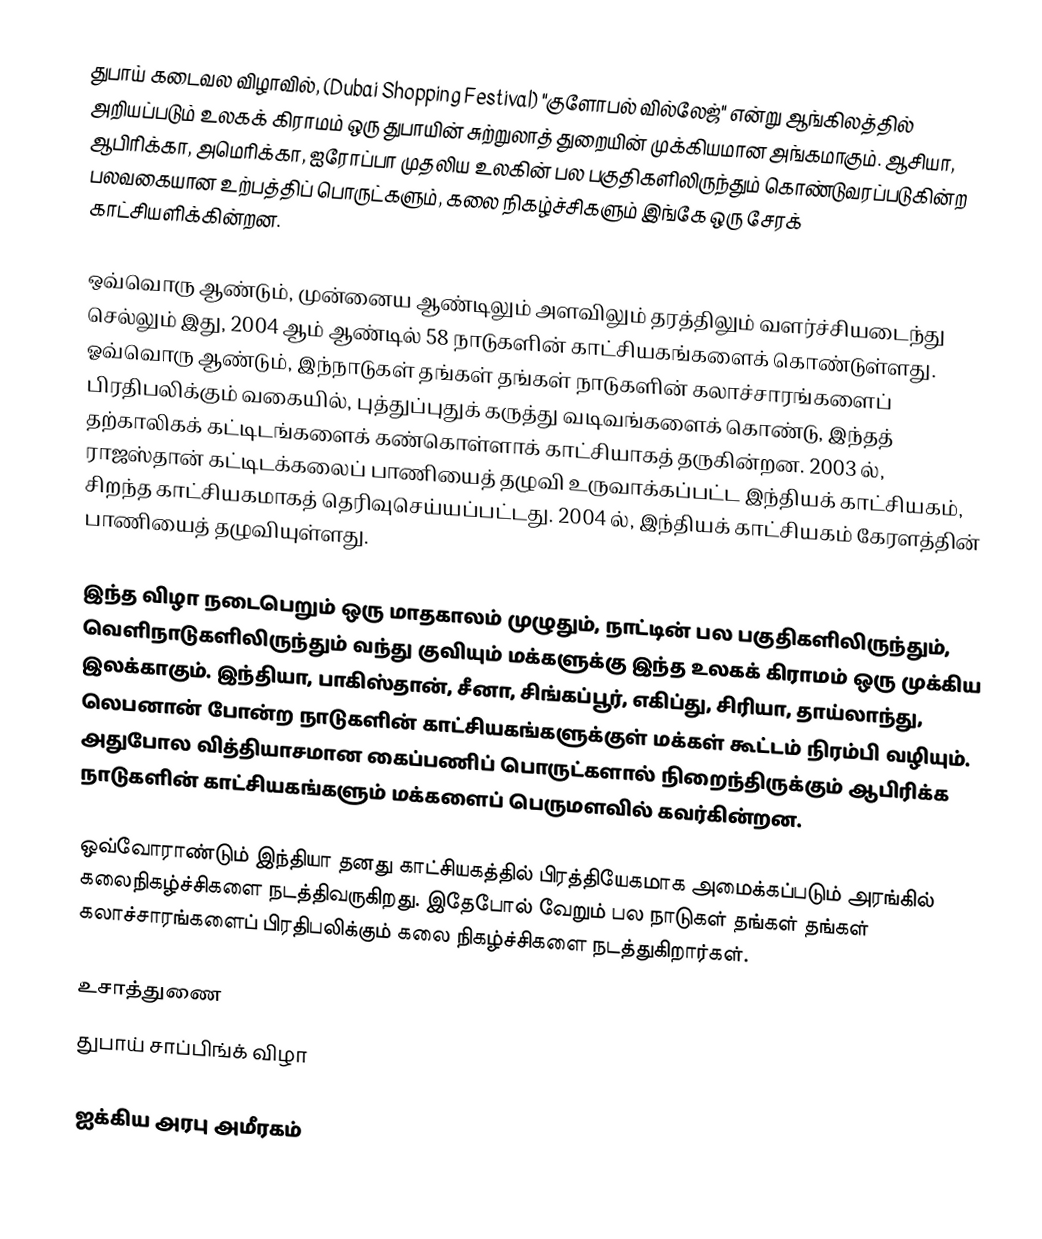
துபாய் கடைவல விழாவில், (Dubai Shopping Festival) "குளோபல் வில்லேஜ்" என்று ஆங்கிலத்தில் அறியப்படும் உலகக் கிராமம் ஒரு துபாயின் சுற்றுலாத் துறையின் முக்கியமான அங்கமாகும். ஆசியா, ஆபிரிக்கா, அமெரிக்கா, ஐரோப்பா முதலிய உலகின் பல பகுதிகளிலிருந்தும் கொண்டுவரப்படுகின்ற பலவகையான உற்பத்திப் பொருட்களும், கலை நிகழ்ச்சிகளும் இங்கே ஒரு சேரக் காட்சியளிக்கின்றன.

ஒவ்வொரு ஆண்டும், முன்னைய ஆண்டிலும் அளவிலும் தரத்திலும் வளர்ச்சியடைந்து செல்லும் இது, 2004 ஆம் ஆண்டில் 58 நாடுகளின் காட்சியகங்களைக் கொண்டுள்ளது. ஓவ்வொரு ஆண்டும், இந்நாடுகள் தங்கள் தங்கள் நாடுகளின் கலாச்சாரங்களைப் பிரதிபலிக்கும் வகையில், புத்துப்புதுக் கருத்து வடிவங்களைக் கொண்டு, இந்தத் தற்காலிகக் கட்டிடங்களைக் கண்கொள்ளாக் காட்சியாகத் தருகின்றன. 2003 ல், ராஜஸ்தான் கட்டிடக்கலைப் பாணியைத் தழுவி உருவாக்கப்பட்ட இந்தியக் காட்சியகம், சிறந்த காட்சியகமாகத் தெரிவுசெய்யப்பட்டது. 2004 ல், இந்தியக் காட்சியகம் கேரளத்தின் பாணியைத் தழுவியுள்ளது.

இந்த விழா நடைபெறும் ஒரு மாதகாலம் முழுதும், நாட்டின் பல பகுதிகளிலிருந்தும், வெளிநாடுகளிலிருந்தும் வந்து குவியும் மக்களுக்கு இந்த உலகக் கிராமம் ஒரு முக்கிய இலக்காகும். இந்தியா, பாகிஸ்தான், சீனா, சிங்கப்பூர், எகிப்து, சிரியா, தாய்லாந்து, லெபனான் போன்ற நாடுகளின் காட்சியகங்களுக்குள் மக்கள் கூட்டம் நிரம்பி வழியும். அதுபோல வித்தியாசமான கைப்பணிப் பொருட்களால் நிறைந்திருக்கும் ஆபிரிக்க நாடுகளின் காட்சியகங்களும் மக்களைப் பெருமளவில் கவர்கின்றன.

ஒவ்வோராண்டும் இந்தியா தனது காட்சியகத்தில் பிரத்தியேகமாக அமைக்கப்படும் அரங்கில் கலைநிகழ்ச்சிகளை நடத்திவருகிறது. இதேபோல் வேறும் பல நாடுகள் தங்கள் தங்கள் கலாச்சாரங்களைப் பிரதிபலிக்கும் கலை நிகழ்ச்சிகளை நடத்துகிறார்கள்.

உசாத்துணை
 துபாய் சாப்பிங்க் விழா

ஐக்கிய அரபு அமீரகம்